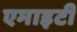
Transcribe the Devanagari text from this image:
एमाइटी